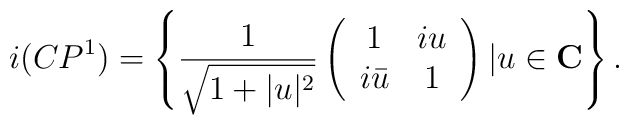
i(CP^1)=\left\{          \frac{1}{\sqrt{1+|u|^2}}           \left(            \begin{array}{cc}               1     & iu \\            i\bar{u} & 1 \\            \end{array}           \right)          |u \in \bf C         \right\} .